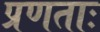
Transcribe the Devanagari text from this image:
प्रणताः